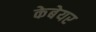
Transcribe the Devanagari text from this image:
केबेयर